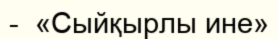
-  «Сыйқырлы ине»